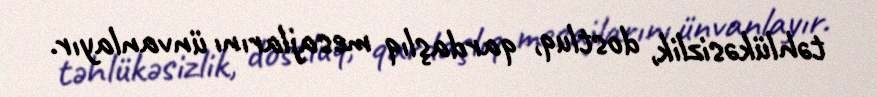
təhlükəsizlik, dostluq, qardaşlıq mesajlarını ünvanlayır.